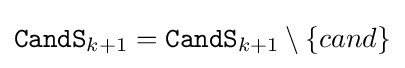
{\mathtt {CandS}}_{k+1}={\mathtt {CandS}}_{k+1}\setminus \{cand\}